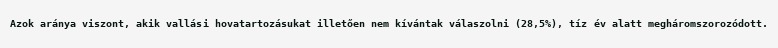
Azok aránya viszont, akik vallási hovatartozásukat illetően nem kívántak válaszolni (28,5%), tíz év alatt megháromszorozódott.